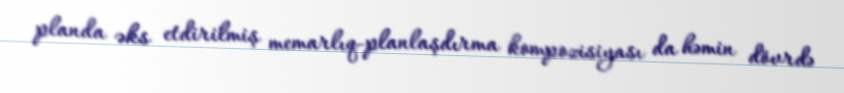
planda əks etdirilmiş memarlıq-planlaşdırma kompozisiyası da həmin dövrdə